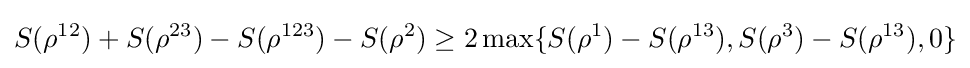
S(\rho ^{12})+S(\rho ^{23})-S(\rho ^{123})-S(\rho ^{2})\geq 2\max\{S(\rho ^{1})-S(\rho ^{13}),S(\rho ^{3})-S(\rho ^{13}),0\}